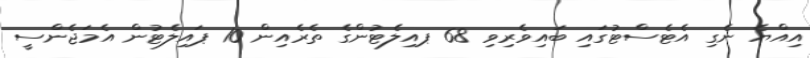
އިއްޔެ ނެގި އެޓެސްޓުގައި ބައިވެރިވި 68 ޕއިލެޓުންގެ ތެރެއިން 10 ޕައިލެޓުން އެމަޖެންސީ